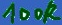
Text: 100K